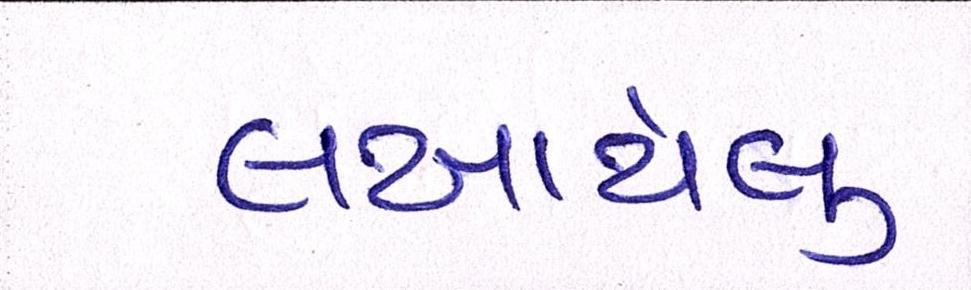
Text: લખાયેલુ